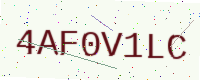
Text: 4AF0V1LC